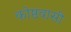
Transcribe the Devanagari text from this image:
कोष्ठवासी